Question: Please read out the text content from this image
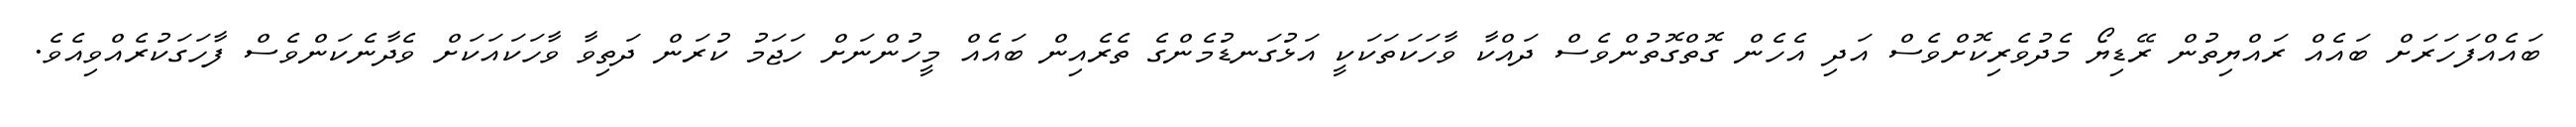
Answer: ބައެއްފަހަރަށް ބައެއް ރައްޔިތުން ރޭޑިޔޯ މެދުވެރިކޮށްވެސް އަދި އެހެން ގޮތްގޮތުންވެސް ދައްކާ ވާހަކަތަކަކީ އަޅުގަނޑުމެންގެ ތެރެއިން ބައެއް މީހުންނަށް ހަޖަމު ކުރަން ދަތިވާ ވާހަކައަކަށް ވެދާނެކަންވެސް ފާހަގަކުރެއްވިއެވެ.